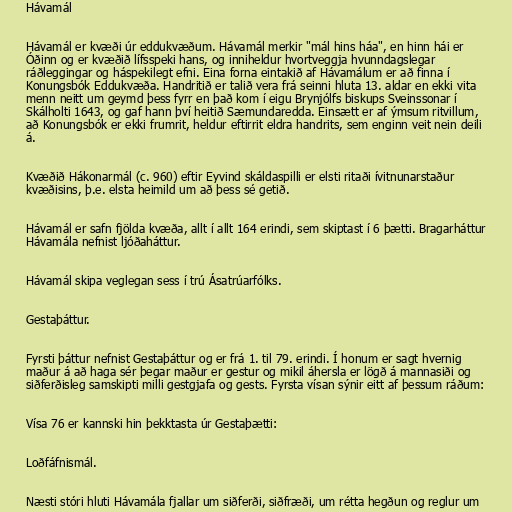
Hávamál

Hávamál er kvæði úr eddukvæðum. Hávamál merkir "mál hins háa", en hinn hái er
Óðinn og er kvæðið lífsspeki hans, og inniheldur hvortveggja hvunndagslegar
ráðleggingar og háspekilegt efni. Eina forna eintakið af Hávamálum er að finna í
Konungsbók Eddukvæða. Handritið er talið vera frá seinni hluta 13. aldar en ekki vita
menn neitt um geymd þess fyrr en það kom í eigu Brynjólfs biskups Sveinssonar í
Skálholti 1643, og gaf hann því heitið Sæmundaredda. Einsætt er af ýmsum ritvillum,
að Konungsbók er ekki frumrit, heldur eftirrit eldra handrits, sem enginn veit nein deili
á.

Kvæðið Hákonarmál (c. 960) eftir Eyvind skáldaspilli er elsti ritaði ívitnunarstaður
kvæðisins, þ.e. elsta heimild um að þess sé getið.

Hávamál er safn fjölda kvæða, allt í allt 164 erindi, sem skiptast í 6 þætti. Bragarháttur
Hávamála nefnist ljóðaháttur.

Hávamál skipa veglegan sess í trú Ásatrúarfólks.

Gestaþáttur.

Fyrsti þáttur nefnist Gestaþáttur og er frá 1. til 79. erindi. Í honum er sagt hvernig
maður á að haga sér þegar maður er gestur og mikil áhersla er lögð á mannasiði og
siðferðisleg samskipti milli gestgjafa og gests. Fyrsta vísan sýnir eitt af þessum ráðum:

Vísa 76 er kannski hin þekktasta úr Gestaþætti:

Loðfáfnismál.

Næsti stóri hluti Hávamála fjallar um siðferði, siðfræði, um rétta hegðun og reglur um